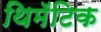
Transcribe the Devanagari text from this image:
थिमॅटिक